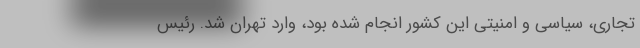
تجاری، سیاسی و امنیتی این کشور انجام شده بود، وارد تهران شد. رئیس